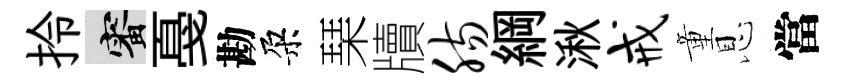
拎審戞勘朶琹牘肠綱湫戒童恩當